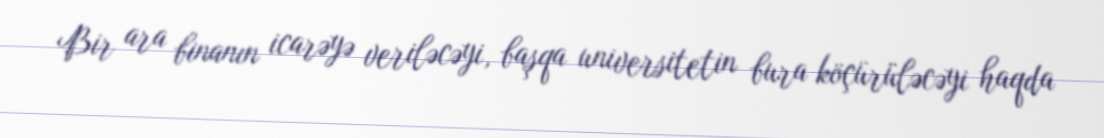
Bir ara binanın icarəyə veriləcəyi, başqa universitetin bura köçürüləcəyi haqda